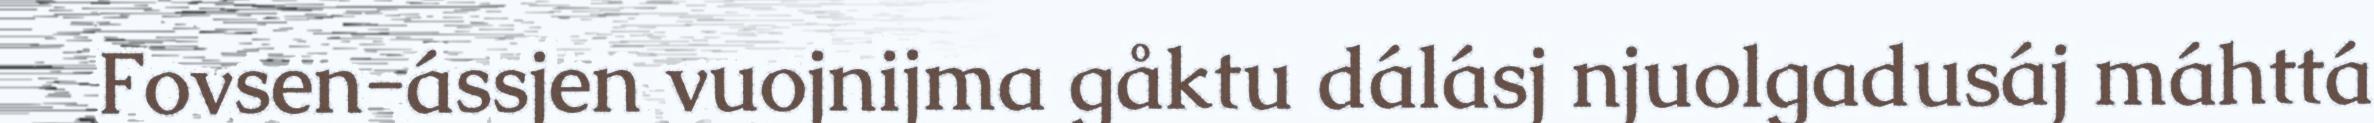
Fovsen-ássjen vuojnijma gåktu dálásj njuolgadusáj máhttá